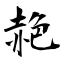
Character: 赩